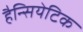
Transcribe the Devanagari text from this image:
हैन्सियेटिक